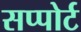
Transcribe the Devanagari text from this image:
सप्पोर्ट